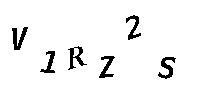
V1RZ2S